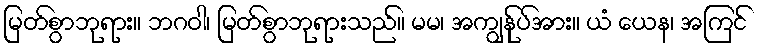
မြတ်စွာဘုရား။ ဘဂဝါ၊ မြတ်စွာဘုရားသည်။ မမ၊ အကျွန်ုပ်အား။ ယံ ယေန၊ အကြင်